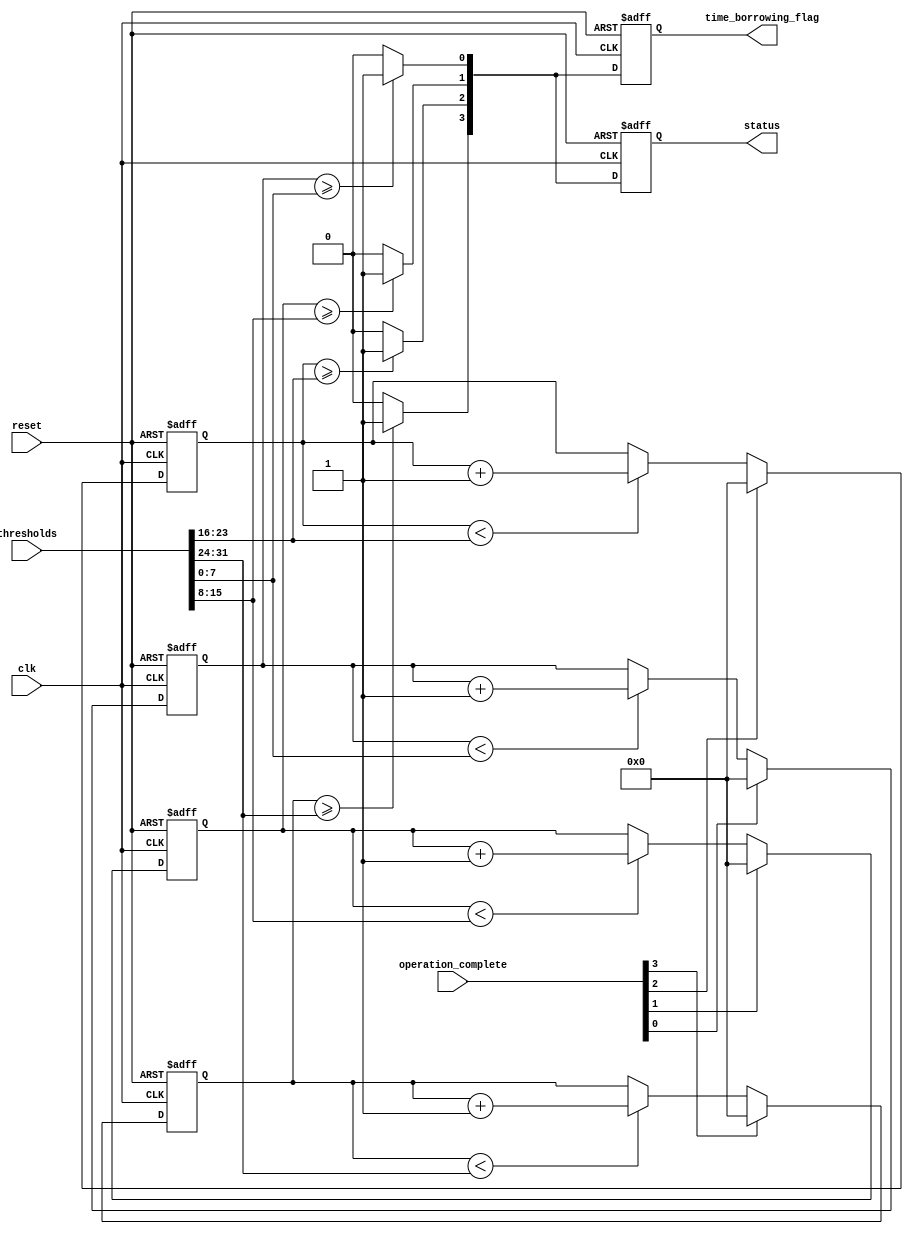
module MemoryBlocksTimeBorrowingDetector #(
    parameter NUM_MEMORY_BLOCKS = 4, // Number of memory blocks
    parameter TIME_WIDTH = 8          // Width of time counter and threshold
)(
    input wire clk,                   // System clock
    input wire reset,                 // Reset signal
    input wire [NUM_MEMORY_BLOCKS-1:0] operation_complete, // Signals indicating operation completion for each block
    input wire [NUM_MEMORY_BLOCKS*TIME_WIDTH-1:0] thresholds, // Threshold values for each memory block
    output reg [NUM_MEMORY_BLOCKS-1:0] time_borrowing_flag, // Flags for time borrowing
    output reg [NUM_MEMORY_BLOCKS-1:0] status // Status registers for each memory block
);

    // Time counters for each memory block
    reg [TIME_WIDTH-1:0] time_counter [0:NUM_MEMORY_BLOCKS-1];

    // Initialize the counters and status registers
    integer i;
    always @(posedge clk or posedge reset) begin
        if (reset) begin
            for (i = 0; i < NUM_MEMORY_BLOCKS; i = i + 1) begin
                time_counter[i] <= 0;
                time_borrowing_flag[i] <= 0;
                status[i] <= 0; // 0 for normal operation
            end
        end else begin
            for (i = 0; i < NUM_MEMORY_BLOCKS; i = i + 1) begin
                // Increment the time counter only if the operation is ongoing
                if (time_counter[i] < thresholds[(i+1)*TIME_WIDTH-1:i*TIME_WIDTH]) begin
                    time_counter[i] <= time_counter[i] + 1;
                end
                
                // Reset the counter when operation is complete
                if (operation_complete[i]) begin
                    time_counter[i] <= 0;
                end

                // Check for time borrowing condition
                if (time_counter[i] >= thresholds[(i+1)*TIME_WIDTH-1:i*TIME_WIDTH]) begin
                    time_borrowing_flag[i] <= 1; // Set flag for time borrowing
                    status[i] <= 1; // 1 for time borrowing detected
                end else begin
                    time_borrowing_flag[i] <= 0; // Clear flag if not borrowing
                    status[i] <= 0; // Normal operation
                end
            end
        end
    end
endmodule